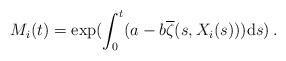
LaTeX: \begin{align*}M_i(t) = \exp(\int_0^t (a-b\overline{\zeta}(s,X_i(s))) \mathrm{d}s)\, .\end{align*}